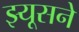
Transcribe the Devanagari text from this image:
झ्यूसने